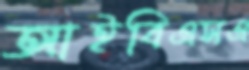
আইবিএসএ